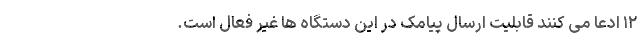
۱۲ ادعا می کنند قابلیت ارسال پیامک در این دستگاه ها غیر فعال است.